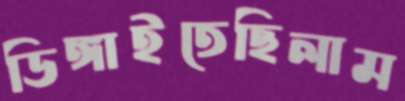
ডিঙ্গাইতেছিলাম